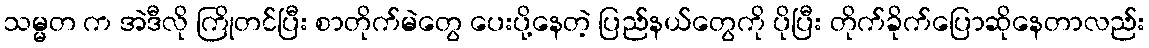
သမ္မတ က အဲဒီလို ကြိုတင်ပြီး စာတိုက်မဲတွေ ပေးပို့နေတဲ့ ပြည်နယ်တွေကို ပိုပြီး တိုက်ခိုက်ပြောဆိုနေတာလည်း